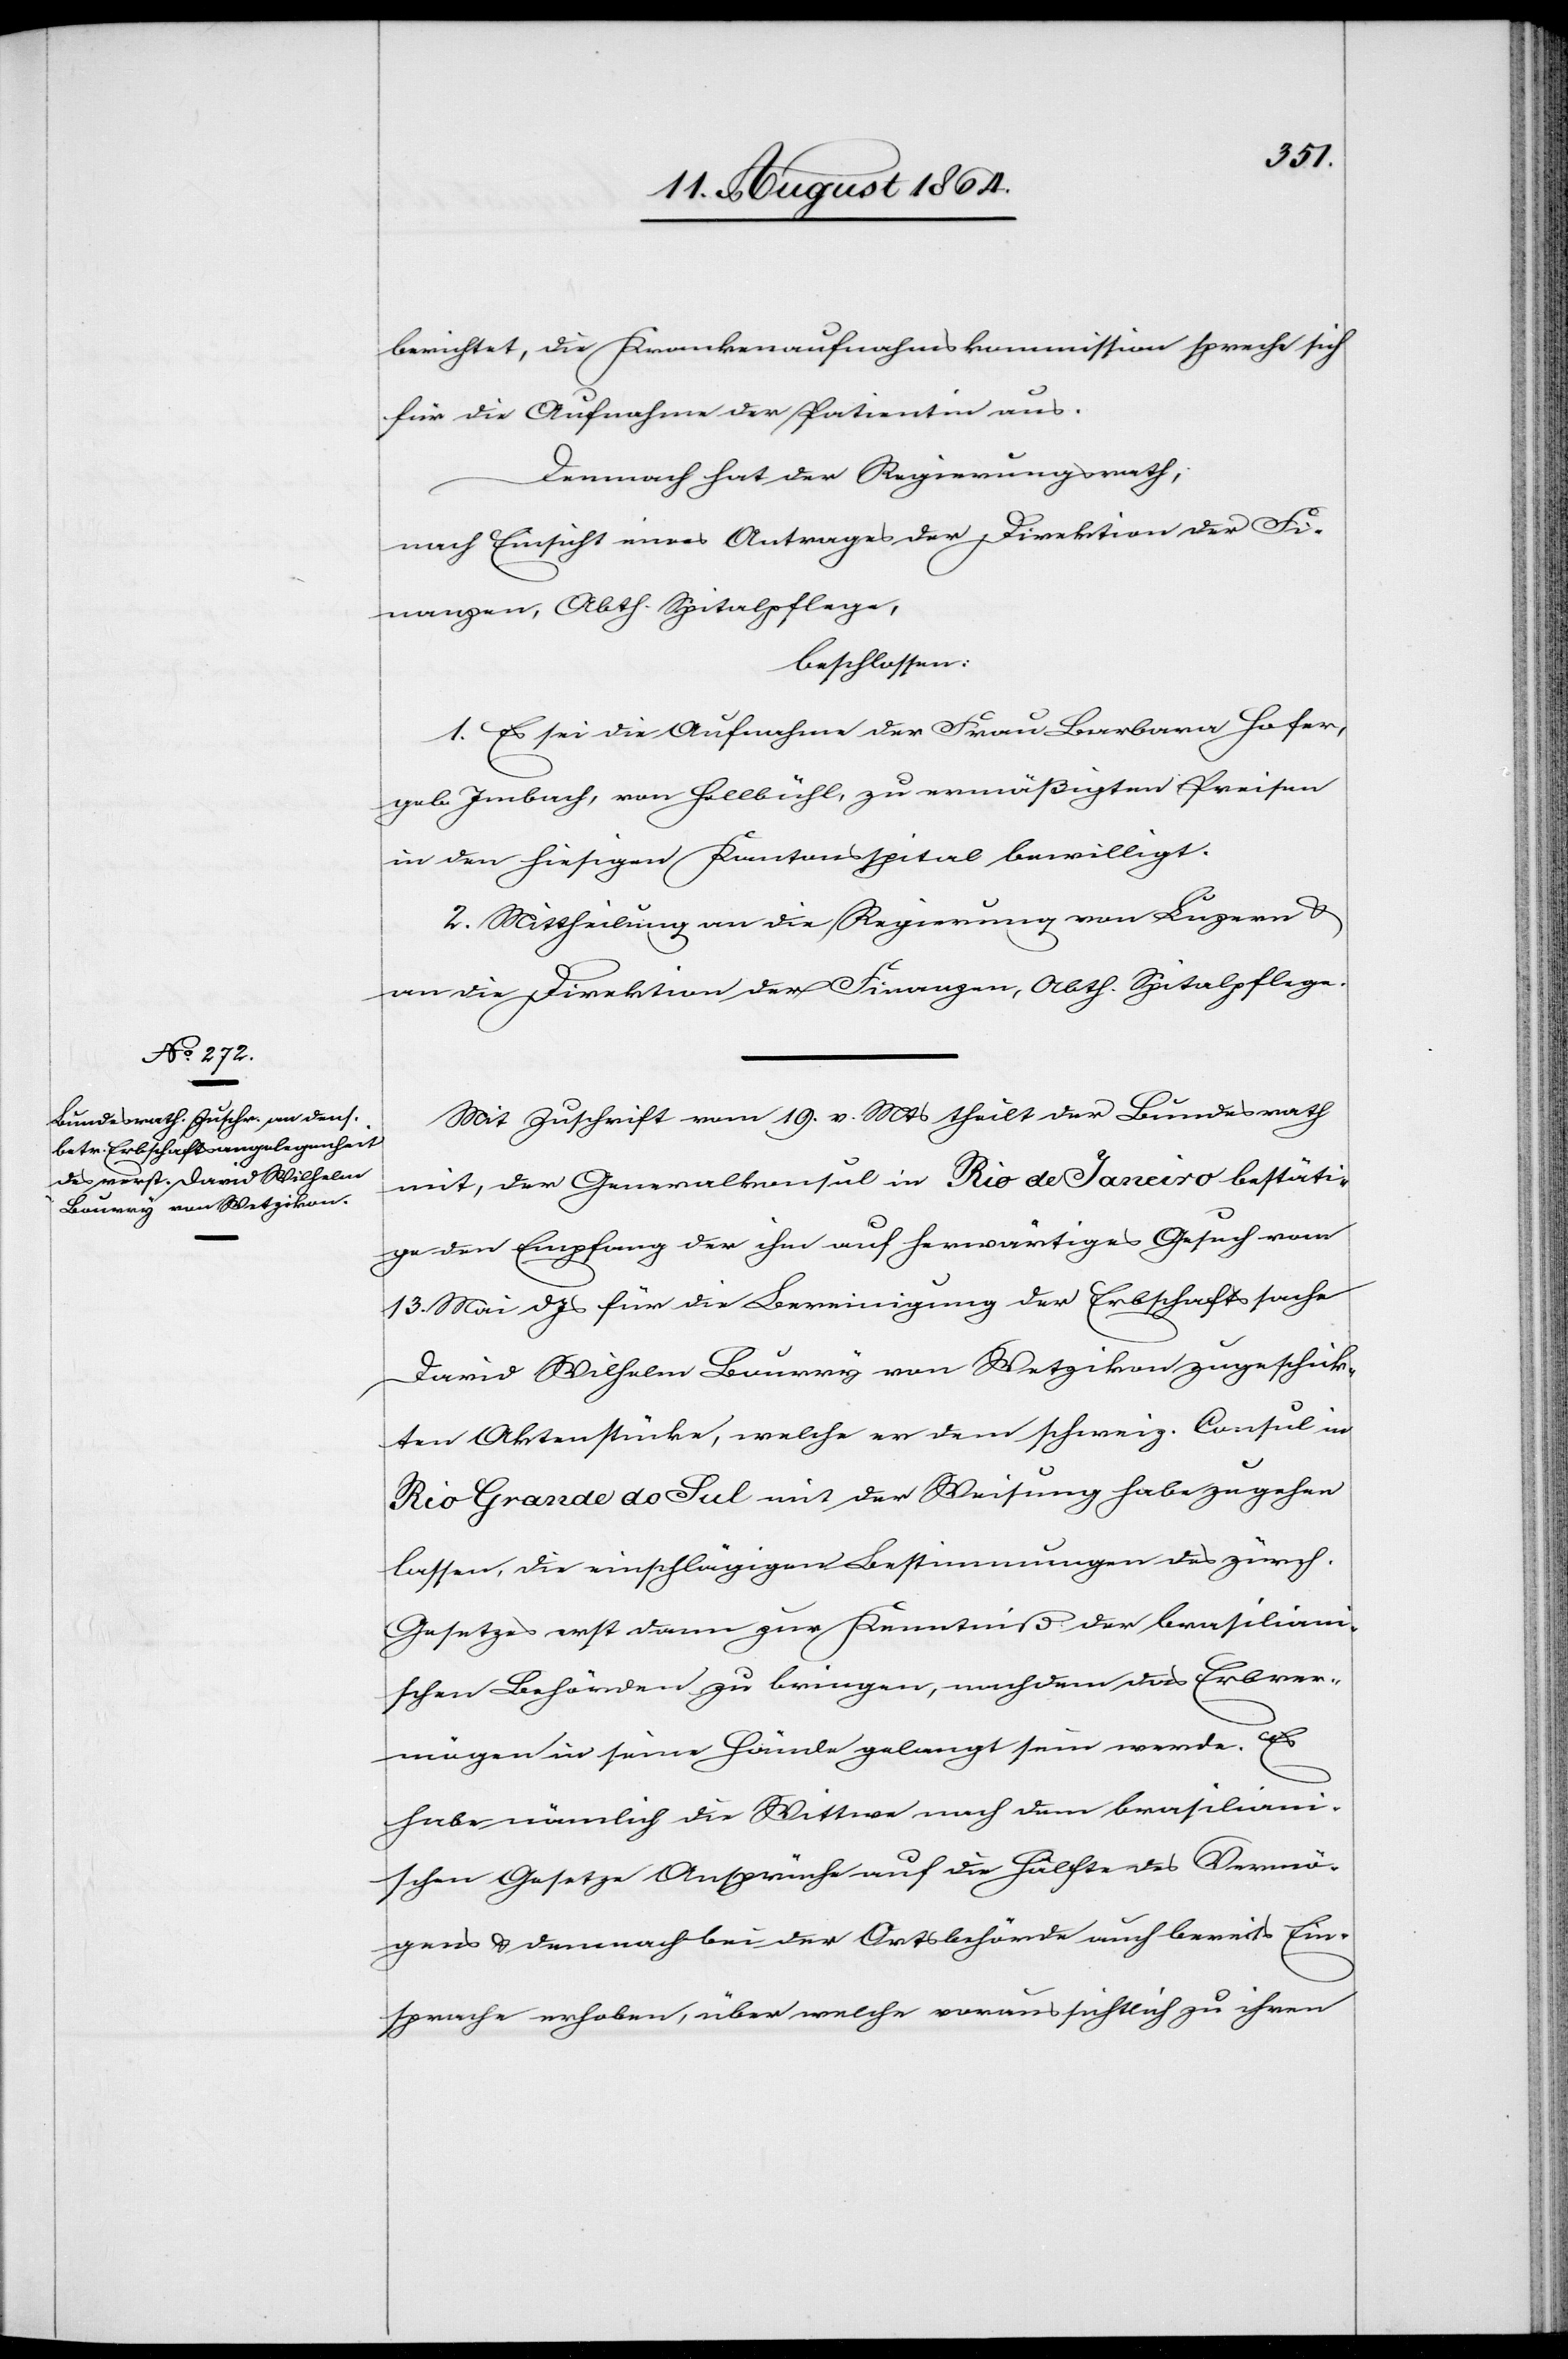
schen
17. August 1864.]
berichtet, die Krankenaufnahmskommission spreche sich
für die Aufnahme der Patientin aus.
Demnach hat der Regierungsrath,
nach Einsicht eines Antrages der Direktion der Fi¬
nanzen, Abtheilung Spitalpflege,
beschlossen:
1. Es sei die Aufnahme der Frau Barbara Hofer,
geb. Imbach, von Hellbühl, zu ermäßigten Preisen
in den hiesigen Kantonsspital bewilligt.
2. Mittheilung an die Regierung von Luzern &
an die Direktion der Finanzen, Abtheilung Spitalpflege.
Mit Zuschrift vom 19. v. Mts. theilt der Bundesrath
mit, der Generalkonsul in Rio de Janeiro bestäti¬
ge den Empfang der ihm auf herwärtiges Gesuch vom
13. Mai d. Js. für die Bereinigung der Erbschaftssache
David Wilhelm Bourry von Wetzikon zugeschick¬
ten Aktenstücke, welche er dem schweiz. Consul in
Rio Grande do Sul mit der Weisung habe zugehen
lassen, die einschlägigen Bestimmungen des zürch.
Gesetzes erst dann zur Kenntniß der brasiliani¬
schen Behörden zu bringen, nachdem das Erbver¬
mögen in seine Hände gelangt sein werde. Es
habe nämlich die Wittwe nach dem brasiliani¬
Einsprache erhoben, über welche voraussichtlich zu ihren